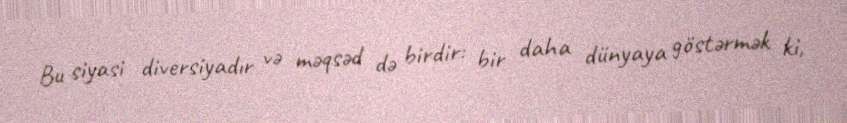
Bu siyasi diversiyadır və məqsəd də birdir: bir daha dünyaya göstərmək ki,